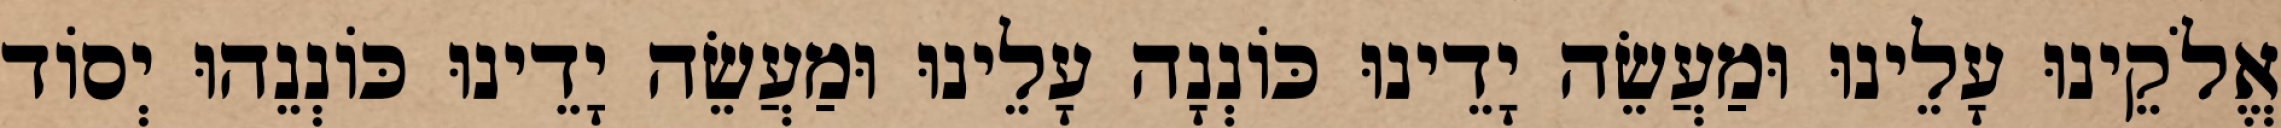
אֱלֹקֵינוּ עָלֵינוּ וּמַעֲשֵׂה יָדֵינוּ כּוֹנְנָה עָלֵינוּ וּמַעֲשֵׂה יָדֵינוּ כּוֹנְנֵהוּ יְסוֹד